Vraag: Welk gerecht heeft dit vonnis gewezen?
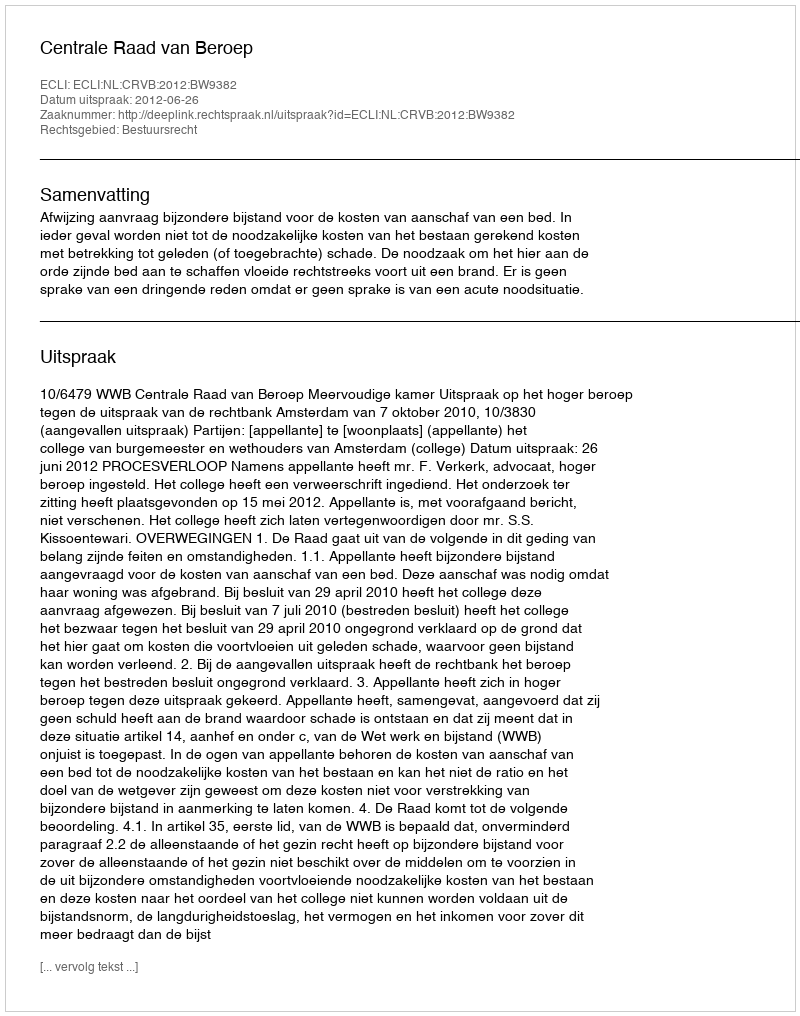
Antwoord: Centrale Raad van Beroep